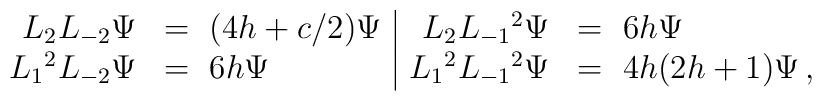
\begin{array}{rl|rl}L_2L_{-2}\Psi&=\ (4h+c/2)\Psi&  L_2L_{-1}{}^2\Psi&=\ 6h\Psi\\L_{1}{}^2L_{-2}\Psi&=\ 6h\Psi&  L_{1}{}^2L_{-1}{}^2\Psi&=\ 4h(2h+1)\Psi\,,\end{array}